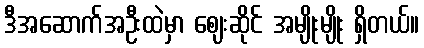
ဒီအဆောက်အဦးထဲမှာ ဈေးဆိုင် အမျိုးမျိုး ရှိတယ်။